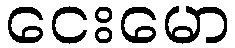
ငေးမော